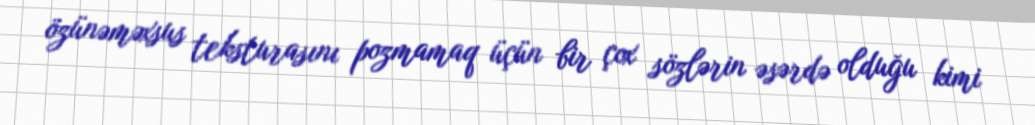
özünəməxsus teksturasını pozmamaq üçün bir çox sözlərin əsərdə olduğu kimi